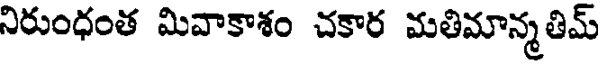
నిరుంధంత మివాకాశం చకార మతిమాన్మతిమ్